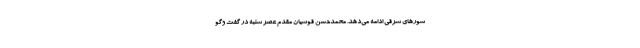
شورهای شرقی ادامه می‌دهد. محمدحسن قوسیان مقدم عصر شنبه در گفت وگو